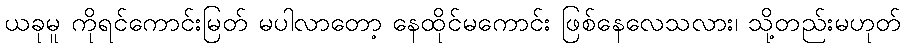
ယခုမူ ကိုရင်ကောင်းမြတ် မပါလာတော့ နေထိုင်မကောင်း ဖြစ်နေလေသလား၊ သို့တည်းမဟုတ်